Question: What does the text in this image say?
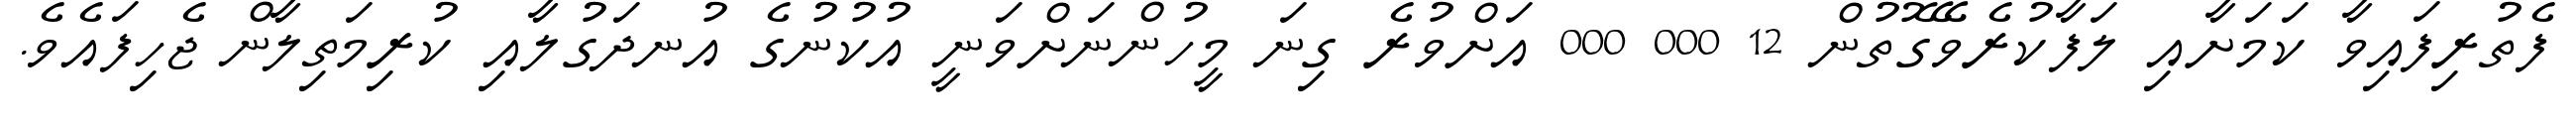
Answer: ފެތުރިފައިވާ ކަމަށާއި ލަފާކުރެވޭގޮތުން 12 000 000 އަށްވުރެ ގިނަ މީހުންނަށްވަނީ އުކުނުގެ އުނދަގުލާއި ކުރިމަތިލާން ޖެހިފައެވެ.